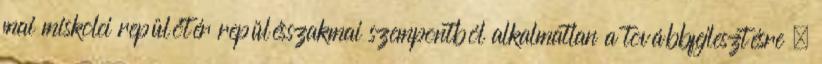
mai miskolci repülőtér repülésszakmai szempontból alkalmatlan a továbbfejlesztésre –